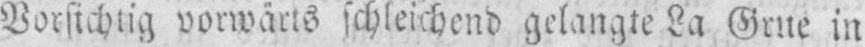
Vorsichtig vorwärts schleichend gelangte La Grue in